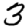
Digit: 3